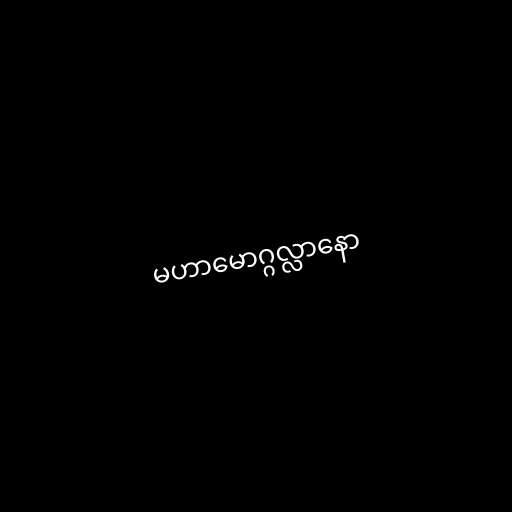
မဟာမောဂ္ဂလ္လာနော